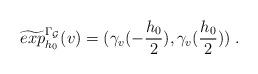
LaTeX: \begin{align*}\widetilde{exp}^{\Gamma_{\mathcal G}}_{h_0}(v)=(\gamma_v(-\frac{h_0}{2}), \gamma_v(\frac{h_0}{2}))\; .\end{align*}